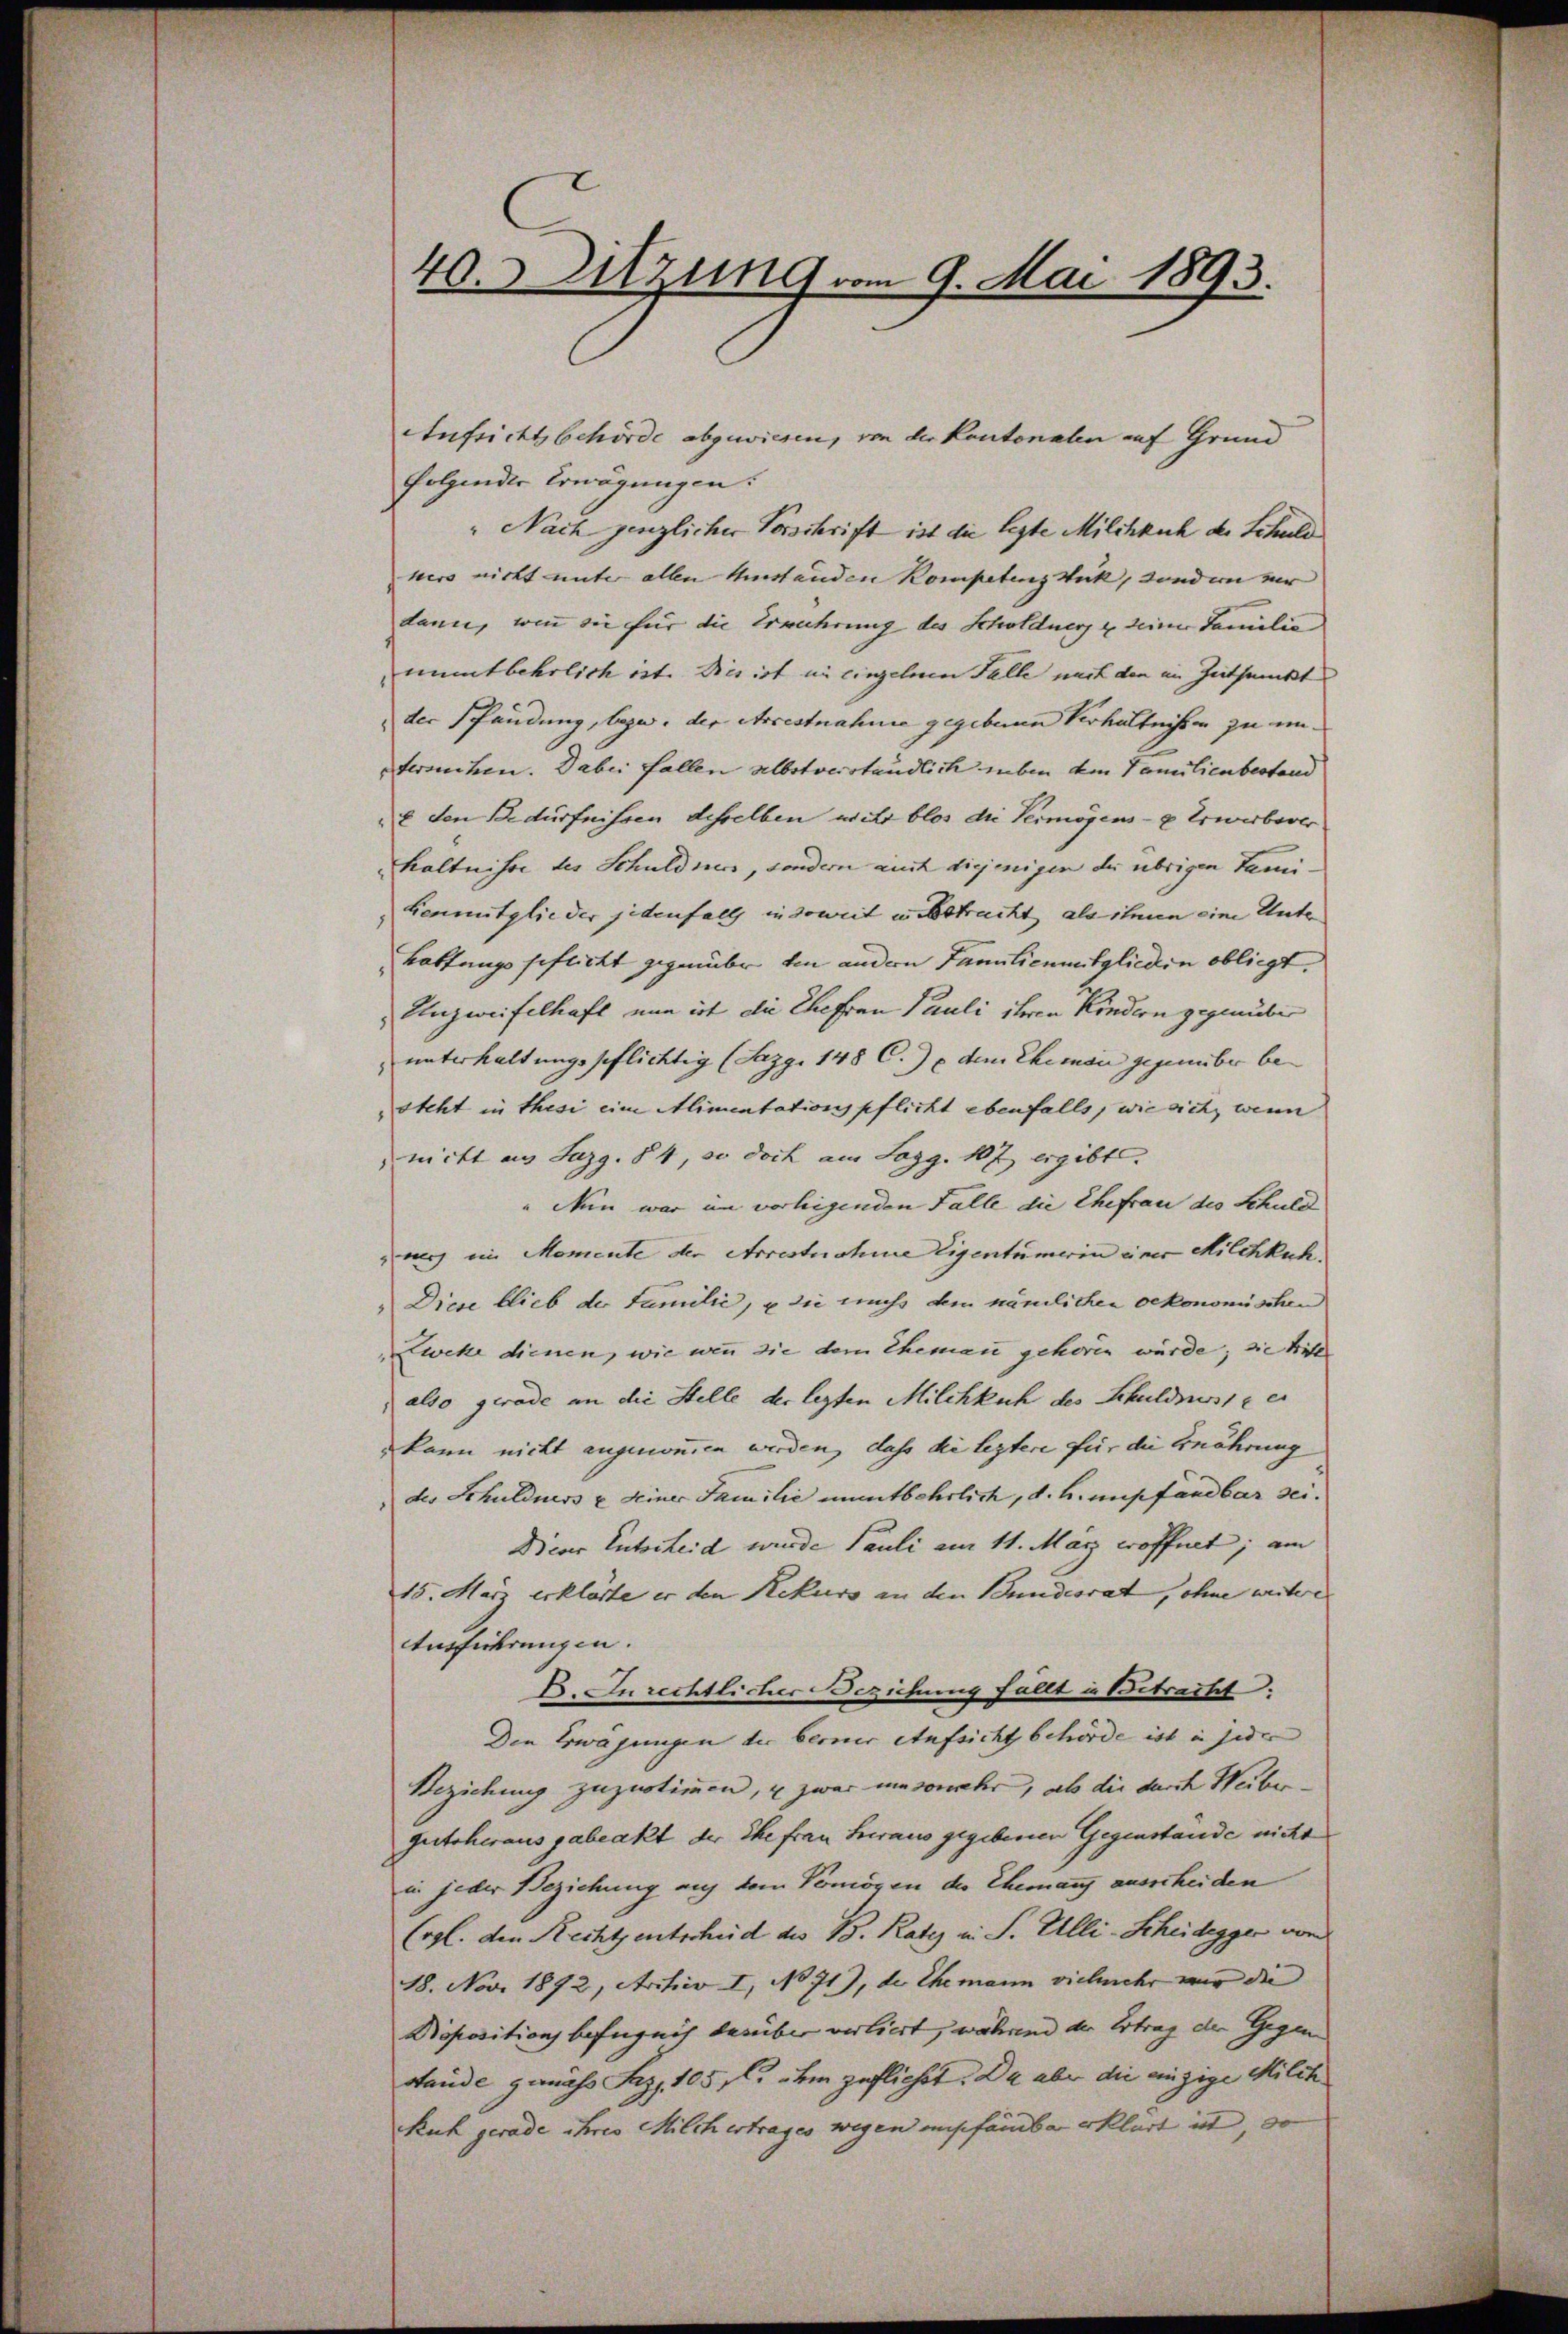
Aufsichtsbehörde abgewiesen, von der Kantonalen auf Grund
folgender Erwägungen.
" Nach genzlicher Vorschrift ist die legte Milchkuch d. Schuld
hers nicht unter allen Umstanden Kompetenz Wick, sondern ver
dann, wenn die für die Ermuhrung des Schuldners & seiner Familie
ummtbehrlich ist. Dies ist in einzelnen Falle mich den im Zeitpunkt
der Pfändung, bezw. der Arcestnahme gegebene Verhältnissen zu un¬
Sermchen. Dabei fallen albstverständlich geben den Familienbestand
E den Bedürfnissen desselben nicht blos die Vermögens- & Erwerbever
Kaltnisse des Schuldners, sondern auch diejenigen die übrigen Fami¬
Lenmitglieder jedenfalls in soweit in Betracht als ihnen eine Unter¬
Bottungs seiflicht gegenüber ein andern Familienmitglieden obliegt.
Unzweifelhaft nun ist die Ehefrau Pauli ihren Kindern gegenübe
unterhaltungspflichtig (Sazg. 148 C.) dem Eheman gegenüber be-
steht in thesi eine Alimentationspflicht ebenfalls, wie sich, wenn
mitt an Suzg. 84, so doch am Lagg. 107 ergibt.
" Nun war im vorliegenden Falle die Ehefrau des Schuld
auch im Momente der Arrestnahme Eigentümerin einer Milchkuch
" Diese blieb der Familie, u die muss dem nämlichen oekonomischen
weke dienen, wie wenn sie dem Eheman gehören würde; sie tritt
also gerade an die Stelle der lezten Milchkuch des Schuldposte
kann nicht angenomen werden, dass die leztere für die Ernährung
 des Schuldners u. Seiner Familie mentbehrlich, d. h. empfandbar sei.
Dieser Entscheid wurde Pauli am 11. März wöffnet; am
15. März erklärte er den Rekurs an den Bundesrat, ohne weitere |
Ausführungen. |
E. In rechtlicher Beziehung fällt in Betracht.
Den Erwägungen der berner Aufsicht behörde ist in jeder
Beziehung zuzustimmen, u zwar umsomehr, als die durch Weiber¬
Gutsherausgabeakt der Ehefrau Heraus gegebenen Gegenstande nicht
in jeder Beziehung auf dem Vermögen des Ehemanz ausscheiden
(vgl. den Rechtsentscheid des B. Rates in S. Ulli-Scheidegger von
18. Nov. 1872, Archiv I, No 71), der Ehemann vielmehr mir die |
Proposition befugnis darüber verliert, während der Ertrag der Gegenstande gemäss Saz, 105 f. ihm zuflichst. Da aber die einzige Milch
Kuh gerade ihres Milch ertrages wegen empfandbar erklärt ist, so

40. Sitzung vom 9. Mai 1893.